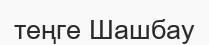
теңге Шашбау